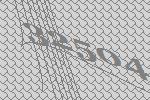
32504